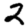
Digit: 2